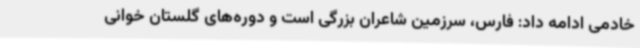
خادمی ادامه داد: فارس، سرزمین شاعران بزرگی است و دوره‌های گلستان خوانی